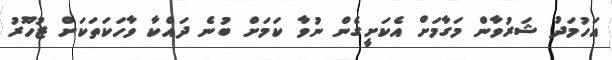
އަހުމަދު ޝަރުވާން މަގާމަށް އެކަށީގެން ނުވާ ކަމަށް ބުނެ ދައްކާ ވާހަކަތަކަށް ޒުހޫރު